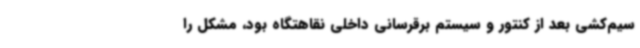
سیم‌کشی بعد از کنتور و سیستم برقرسانی داخلی نقاهتگاه بود، مشکل را